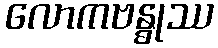
လောကဗန္ဓုဿ